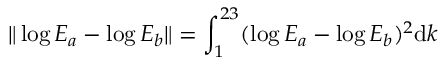
\| \log E _ { a } - \log E _ { b } \| = \int _ { 1 } ^ { 2 3 } ( \log E _ { a } - \log E _ { b } ) ^ { 2 } \mathrm { d } k